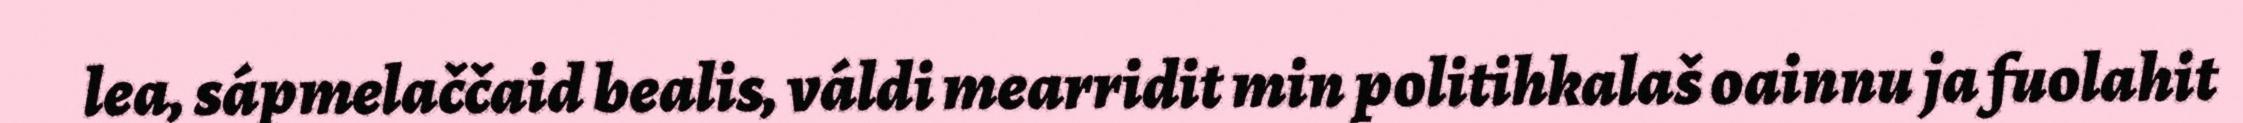
lea, sápmelaččaid bealis, váldi mearridit min politihkalaš oainnu ja fuolahit